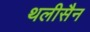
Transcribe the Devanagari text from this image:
थलीसैन